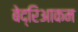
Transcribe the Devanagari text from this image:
बेद्रिआकम